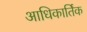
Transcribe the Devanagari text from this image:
आधिकार्तिक